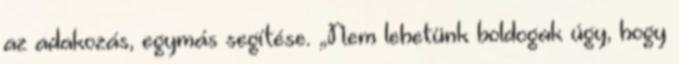
az adakozás, egymás segítése. „Nem lehetünk boldogak úgy, hogy